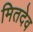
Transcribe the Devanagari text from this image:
मितदेव